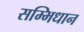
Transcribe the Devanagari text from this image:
सम्भिधान